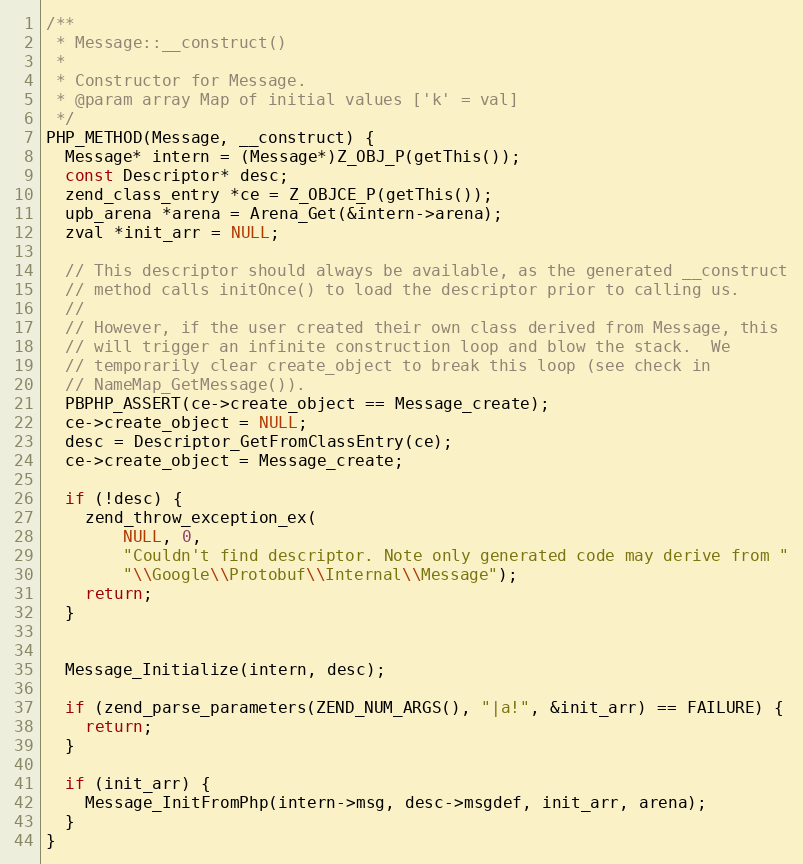
Language: C
/**
 * Message::__construct()
 *
 * Constructor for Message.
 * @param array Map of initial values ['k' = val]
 */
PHP_METHOD(Message, __construct) {
  Message* intern = (Message*)Z_OBJ_P(getThis());
  const Descriptor* desc;
  zend_class_entry *ce = Z_OBJCE_P(getThis());
  upb_arena *arena = Arena_Get(&intern->arena);
  zval *init_arr = NULL;

  // This descriptor should always be available, as the generated __construct
  // method calls initOnce() to load the descriptor prior to calling us.
  //
  // However, if the user created their own class derived from Message, this
  // will trigger an infinite construction loop and blow the stack.  We
  // temporarily clear create_object to break this loop (see check in
  // NameMap_GetMessage()).
  PBPHP_ASSERT(ce->create_object == Message_create);
  ce->create_object = NULL;
  desc = Descriptor_GetFromClassEntry(ce);
  ce->create_object = Message_create;

  if (!desc) {
    zend_throw_exception_ex(
        NULL, 0,
        "Couldn't find descriptor. Note only generated code may derive from "
        "\\Google\\Protobuf\\Internal\\Message");
    return;
  }

  Message_Initialize(intern, desc);

  if (zend_parse_parameters(ZEND_NUM_ARGS(), "|a!", &init_arr) == FAILURE) {
    return;
  }

  if (init_arr) {
    Message_InitFromPhp(intern->msg, desc->msgdef, init_arr, arena);
  }
}